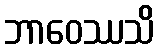
ဘာဝေဿသိ